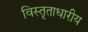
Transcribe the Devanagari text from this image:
विस्तृताधारीय